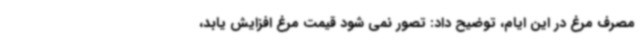
مصرف مرغ در این ایام، توضیح داد: تصور نمی شود قیمت مرغ افزایش یابد،